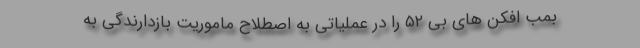
بمب افکن های بی ۵۲ را در عملیاتی به اصطلاح ماموریت بازدارندگی به